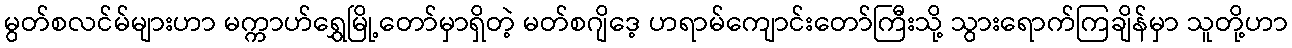
မွတ်စလင်မ်များဟာ မက္ကာဟ်ရွှေမြို့တော်မှာရှိတဲ့ မတ်စဂျိဒေ့ ဟရာမ်ကျောင်းတော်ကြီးသို့ သွားရောက်ကြချိန်မှာ သူတို့ဟာ